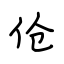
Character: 伧